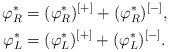
LaTeX: \begin{align*}\varphi_{R}^{\ast} & =(\varphi_{R}^{\ast})^{[+]}+(\varphi_{R}^{\ast})^{[-]},\\\varphi_{L}^{\ast} & =(\varphi_{L}^{\ast})^{[+]}+(\varphi_{L}^{\ast})^{[-]}.\end{align*}